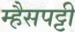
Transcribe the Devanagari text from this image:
म्हैसपट्टी